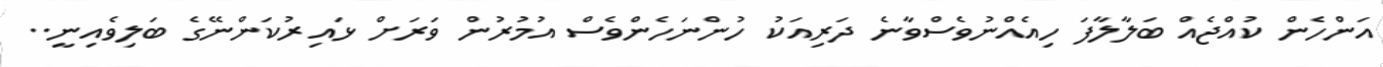
އަންހެން ކުއްޖެއް ބަލާލާފަ ހިއެއްނުވެސްވާނެ ދަރިއަކު ހުންނަހެންވެސް އުމުރުން ވަރަށް ޅައިރުކަންނޭގެ ބަލިވެއިނީ..